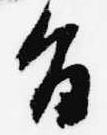
旨